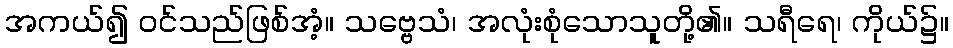
အကယ်၍ ဝင်သည်ဖြစ်အံ့။ သဗ္ဗေသံ၊ အလုံးစုံသောသူတို့၏။ သရီရေ၊ ကိုယ်၌။